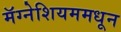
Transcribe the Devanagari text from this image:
मॅग्नेशियममधून